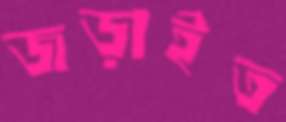
জড়াইত